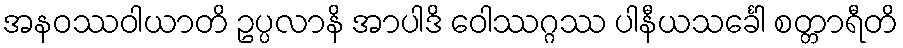
အနဝဿဝါယာတိ ဥပ္ပလာနိ အာပါဒိ ဝေါဿဂ္ဂဿ ပါနီယသင်္ခေါ စတ္တာရီတိ